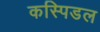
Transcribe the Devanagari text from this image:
कस्पिडल